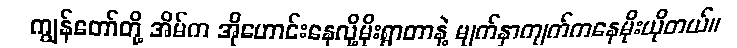
ကျွန်တော်တို့ အိမ်က အိုဟောင်းနေလို့မိုးရွာတာနဲ့ မျက်နှာကျက်ကနေမိုးယိုတယ်။